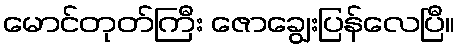
မောင်တုတ်ကြီး ဇောချွေးပြန်လေပြီ။